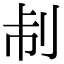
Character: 𠛯